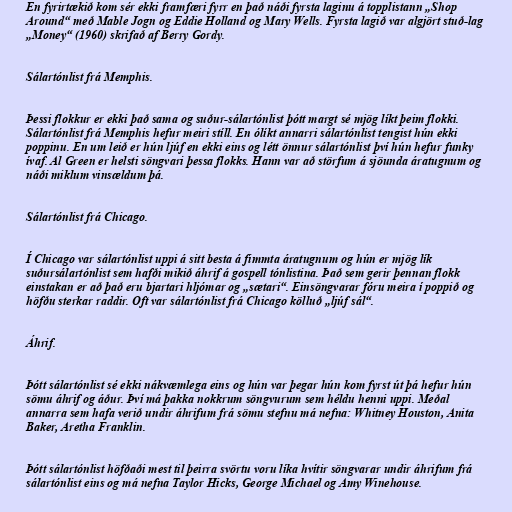
En fyrirtækið kom sér ekki framfæri fyrr en það náði fyrsta laginu á topplistann „Shop
Around“ með Mable Jogn og Eddie Holland og Mary Wells. Fyrsta lagið var algjört stuð-lag
„Money“ (1960) skrifað af Berry Gordy.

Sálartónlist frá Memphis.

Þessi flokkur er ekki það sama og suður-sálartónlist þótt margt sé mjög líkt þeim flokki.
Sálartónlist frá Memphis hefur meiri stíll. En ólíkt annarri sálartónlist tengist hún ekki
poppinu. En um leið er hún ljúf en ekki eins og létt önnur sálartónlist því hún hefur funky
ívaf. Al Green er helsti söngvari þessa flokks. Hann var að störfum á sjöunda áratugnum og
náði miklum vinsældum þá.

Sálartónlist frá Chicago.

Í Chicago var sálartónlist uppi á sitt besta á fimmta áratugnum og hún er mjög lík
suðursálartónlist sem hafði mikið áhrif á gospell tónlistina. Það sem gerir þennan flokk
einstakan er að það eru bjartari hljómar og „sætari“. Einsöngvarar fóru meira í poppið og
höfðu sterkar raddir. Oft var sálartónlist frá Chicago kölluð „ljúf sál“.

Áhrif.

Þótt sálartónlist sé ekki nákvæmlega eins og hún var þegar hún kom fyrst út þá hefur hún
sömu áhrif og áður. Því má þakka nokkrum söngvurum sem héldu henni uppi. Meðal
annarra sem hafa verið undir áhrifum frá sömu stefnu má nefna: Whitney Houston, Anita
Baker, Aretha Franklin.

Þótt sálartónlist höfðaði mest til þeirra svörtu voru líka hvítir söngvarar undir áhrifum frá
sálartónlist eins og má nefna Taylor Hicks, George Michael og Amy Winehouse.